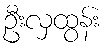
ဦးလှထွန်း